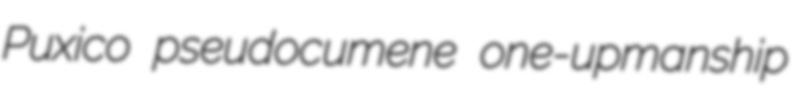
Puxico pseudocumene one-upmanship